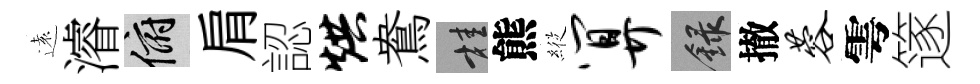
遠濬俯肩認烘鴦桂熊𦂵算録撤蓉雩篴